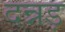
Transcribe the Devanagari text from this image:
दन्नड़